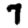
Digit: 7